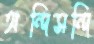
অন্দিসন্দি